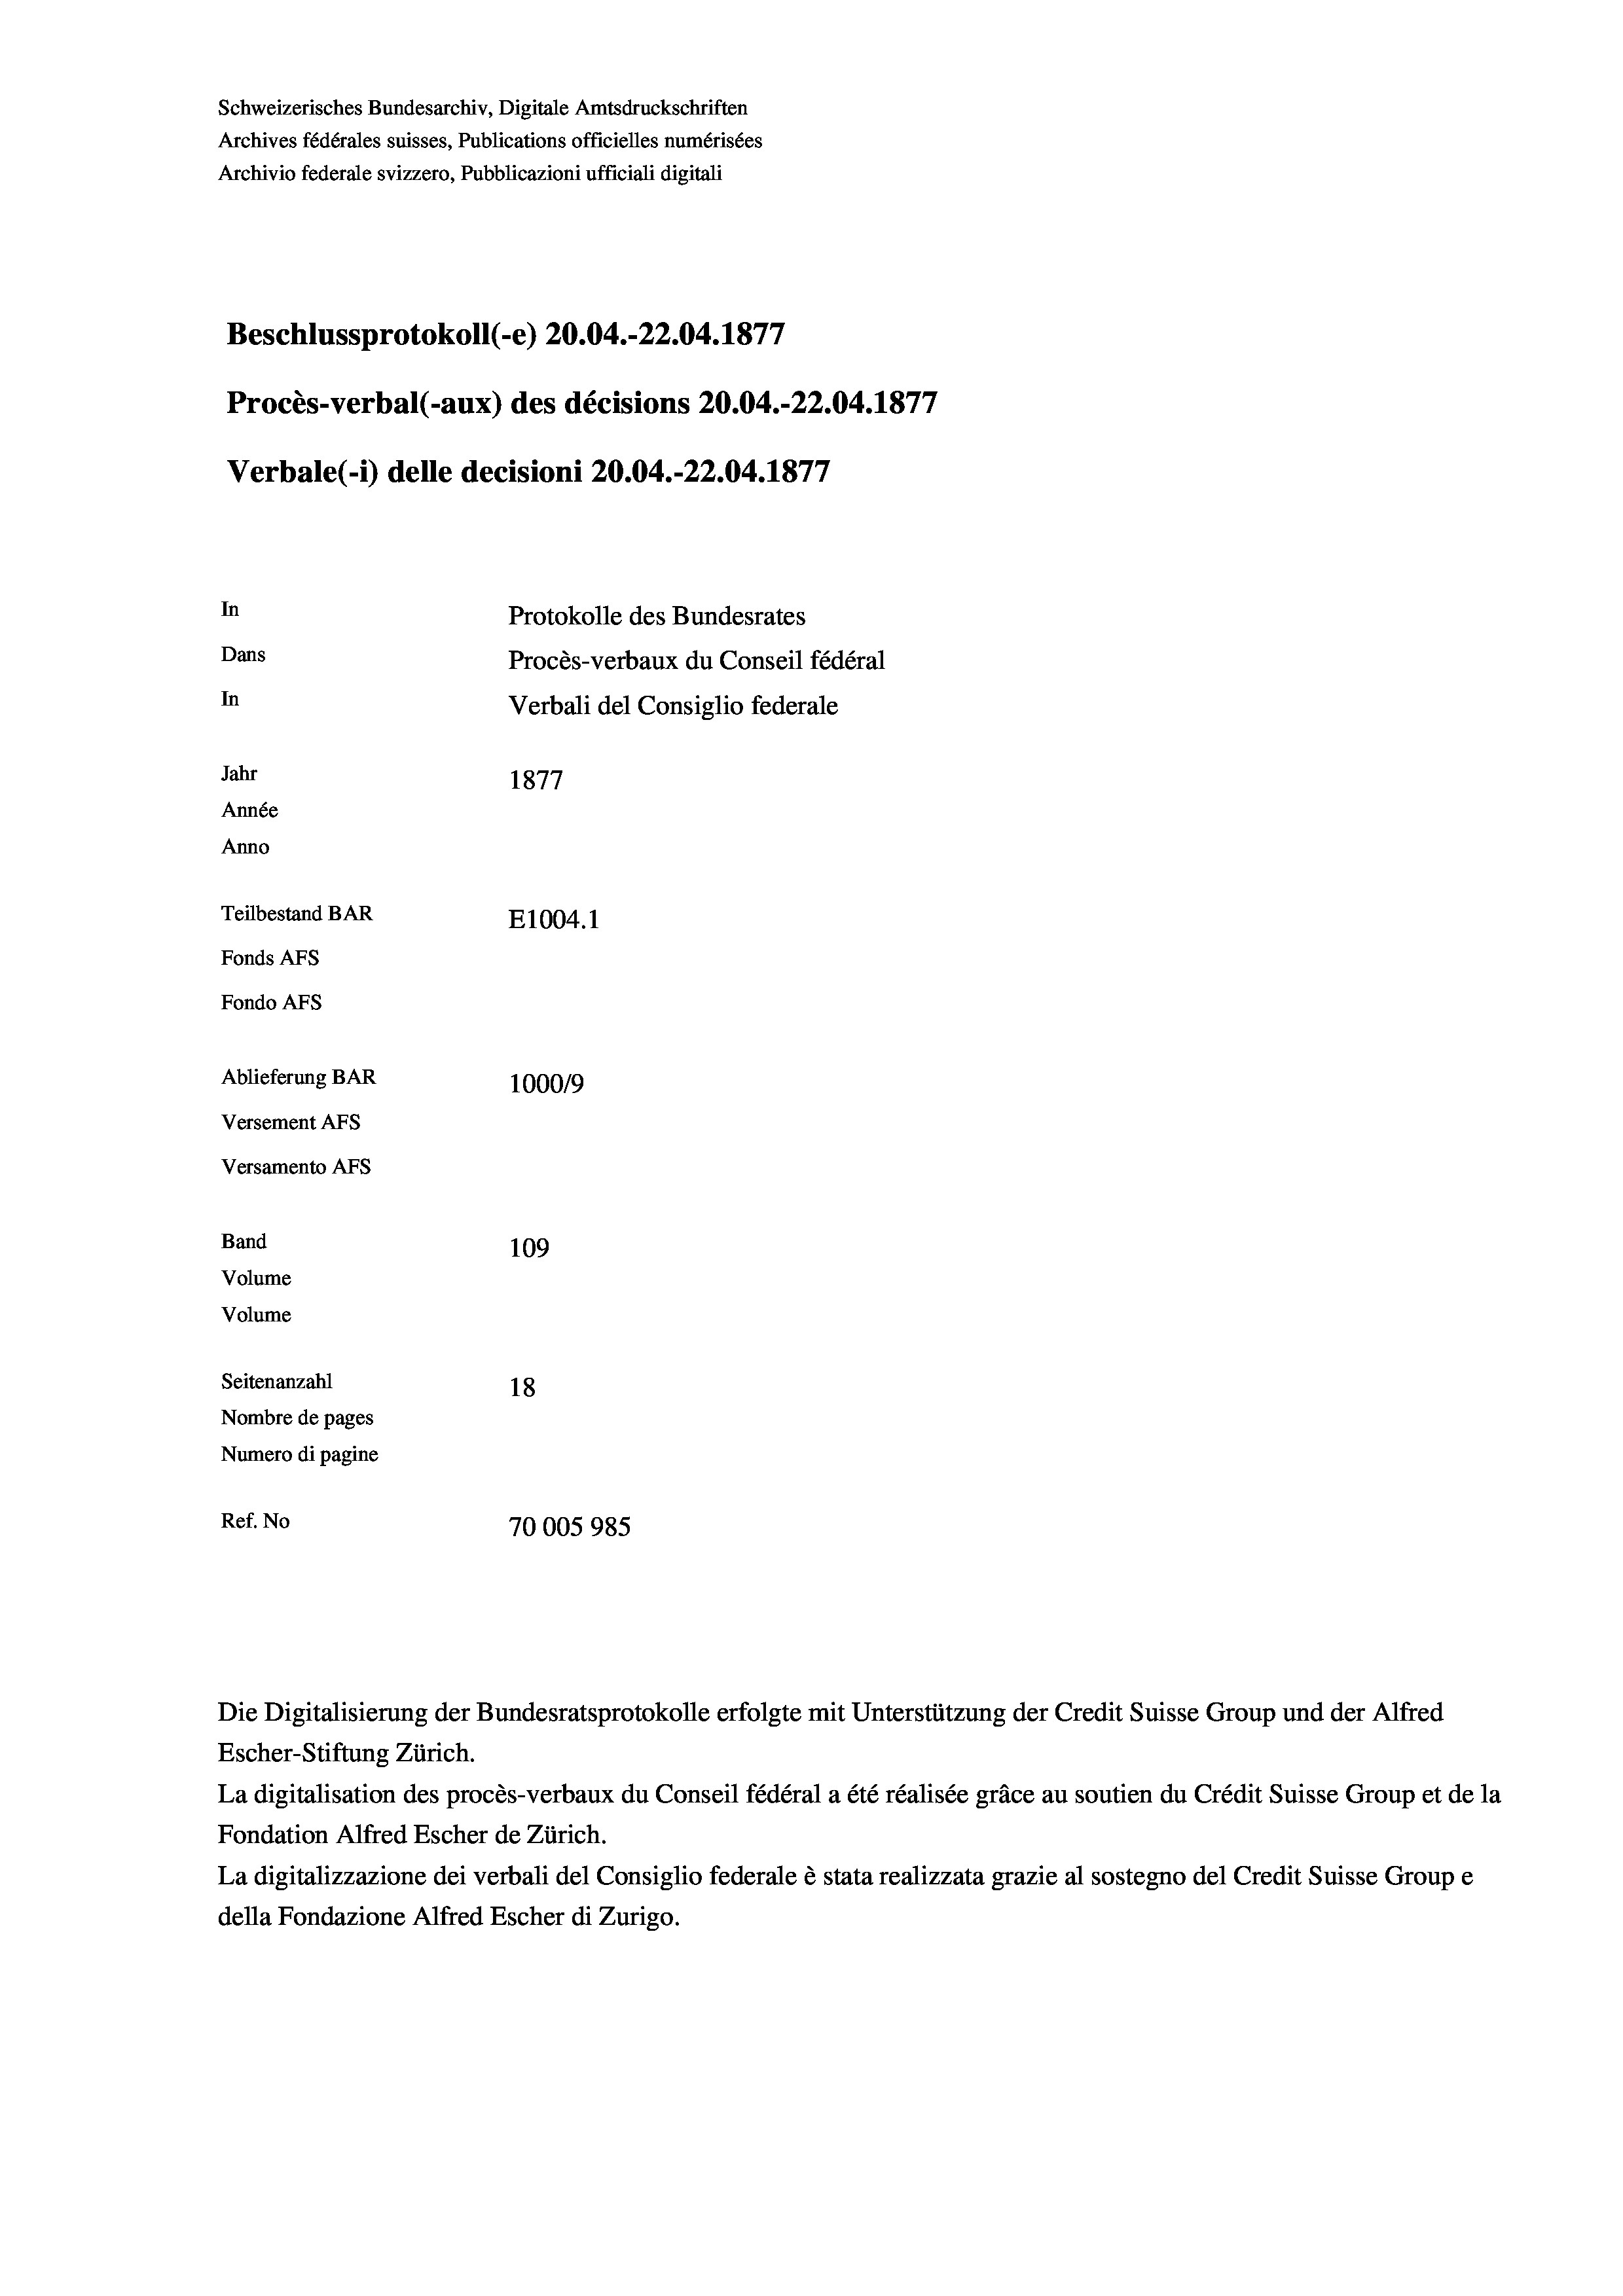
Schweizerisches Bundesarchiv, Digitale Amtsdruckschriften
Archives fédérales suisses, Publications officielles numérisées
Archivio federale svizzero, Pubblicazioni ufficiali digitali
Beschlussprotokoll (-e) 20.04.-22.04. 1877
Procès-verbal (-aux) des décisions 20.04.-22.04. 1877
Verbale(-) delle decisioni 20.04.-22.04. 1877
In
Protokolle des Bundesrates
Dans
Procès-verbaux du Conseil fédéral
In
Verbali del Consiglio federale
Jahr
1877
Année
Anno
Teilbestand BAR
E1004. 1
Fonds AFs
Fondo AFS
Ablieferung BAR
10009
Versement Ans
Versamento AFs

Band

Escher-Stiftung Zürich.
La digitalisation des procès-verbaux du Conseil fédéral a été réalisée gräce au soutien du Crédit Suisse Group et de la
Fondation Alfred Escher de Zürich.
La digitalizzazione dei verbali del Consiglio federale è stata realizzata grazie al sostegno del Credit Suisse Groupe
della Fondazione Alfred Escher di Zurigo.

109
Volume
Volume
Seitenanzahl
18
Nombre de pages
Numero di pagine
Ref. No
70005985

Die Digitalisierung der Bundesratsprotokolle erfolgte mit Unterstützung der Credit Suisse Group und der Alfred